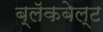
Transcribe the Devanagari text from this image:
ब्लॅकबेल्ट